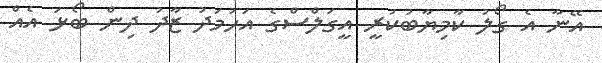
އޭނާ އެ ގޯލު ކާމިޔާބުކުރީ އީގަލްސްގެ އަހުމަދު ޒާދު ދިން ބޯޅަ އެއް